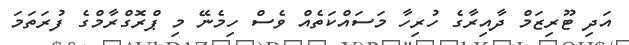
އަދި ޓޫރިޒަމް ދާއިރާގެ ހުރިހާ މަސައްކަތެއް ވެސް ހިމެނޭ މި ޕްރޮގްރާމްގެ ފުރަތަމަ